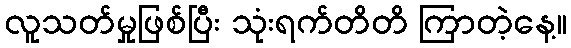
လူသတ်မှုဖြစ်ပြီး သုံးရက်တိတိ ကြာတဲ့နေ့။